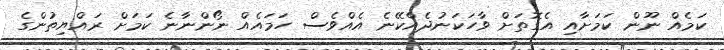
ކަމެއް ނޫން ކަމަށާއި އެގޮތަށް ވާހަކަނުދެއްކޭނެ އެއްވެސް ހަމައެއް ނޯންނާނެ ކަމަށް ރައްޔިތުންގެ